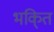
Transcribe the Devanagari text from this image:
भकि्‌त